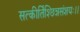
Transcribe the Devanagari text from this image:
सत्कीर्तिश्छिन्नसंशयः।।